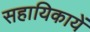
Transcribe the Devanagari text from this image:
सहायिकायें